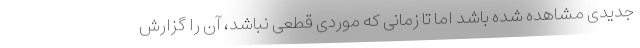
جدیدی مشاهده شده باشد اما تا زمانی که موردی قطعی نباشد، آن را گزارش